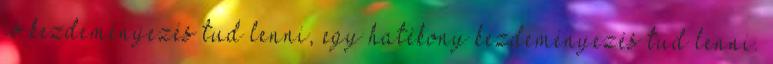
jó kezdeményezés tud lenni, egy hatékony kezdeményezés tud lenni.